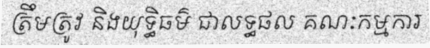
ត្រឹមត្រូវ និងយុទ្ធិធម៌ ជាលទ្ធផល គណៈកម្មការ